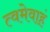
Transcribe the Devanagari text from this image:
त्वमेवाहं